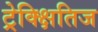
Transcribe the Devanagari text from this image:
ट्रेक्क्षितिज